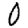
Digit: 0